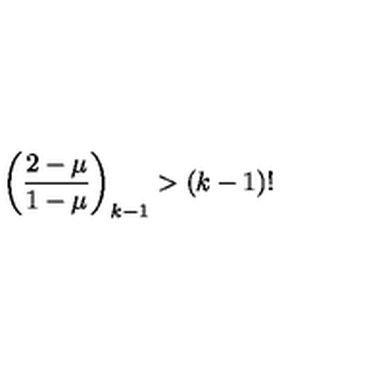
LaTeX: \left( \frac { 2 - \mu } { 1 - \mu } \right) _ { k - 1 } > ( k - 1 ) !